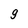
Character: 9